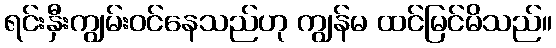
ရင်းနှီးကျွမ်းဝင်နေသည်ဟု ကျွန်မ ထင်မြင်မိသည်။